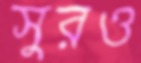
সুরও